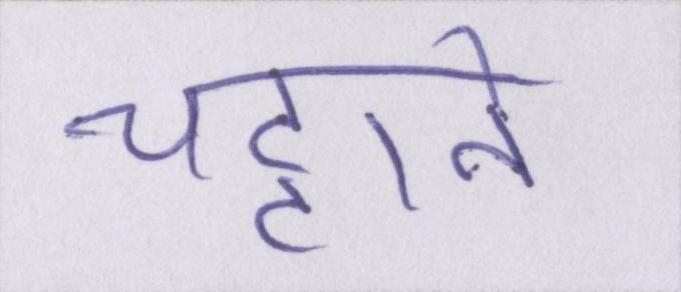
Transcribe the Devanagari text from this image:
चट्टाने